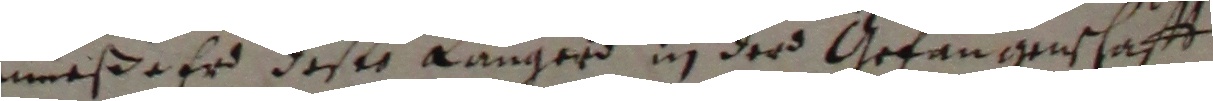
müeße er deser langerd in der gefangenschafft